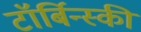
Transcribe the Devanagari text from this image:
टॉर्बिन्स्की